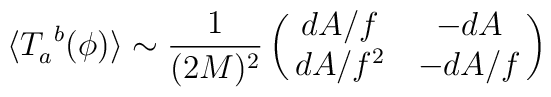
\langle  T_{a}^{\ b}(\phi)   \rangle \sim  \frac{1}{(2M)^2}\pmatrix{ dA/f & -dA \cr dA/f^2 & -dA/f \cr}